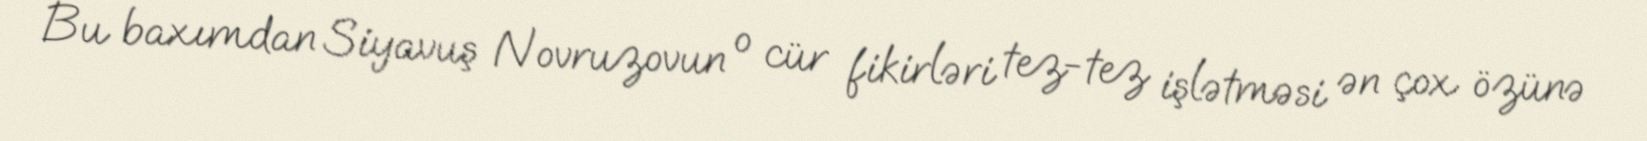
Bu baxımdan Siyavuş Novruzovun o cür fikirləri tez-tez işlətməsi ən çox özünə